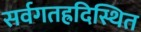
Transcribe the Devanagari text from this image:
सर्वगतह्रदिस्थित